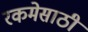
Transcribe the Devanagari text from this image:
रकमेसाठी